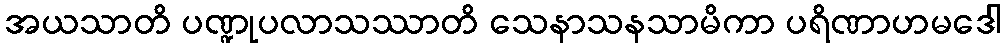
အယသာတိ ပဏ္ဍုပလာသဿာတိ သေနာသနသာမိကာ ပရိဏာဟမဒေါ